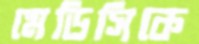
মেডিসিকে